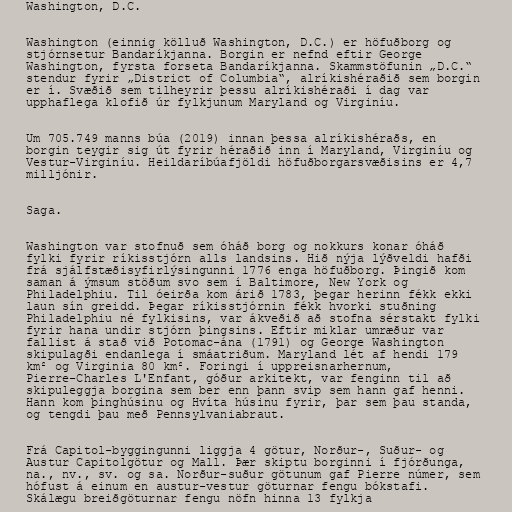
Washington, D.C.

Washington (einnig kölluð Washington, D.C.) er höfuðborg og
stjórnsetur Bandaríkjanna. Borgin er nefnd eftir George
Washington, fyrsta forseta Bandaríkjanna. Skammstöfunin „D.C.“
stendur fyrir „District of Columbia“, alríkishéraðið sem borgin
er í. Svæðið sem tilheyrir þessu alríkishéraði í dag var
upphaflega klofið úr fylkjunum Maryland og Virginíu.

Um 705.749 manns búa (2019) innan þessa alríkishéraðs, en
borgin teygir sig út fyrir héraðið inn í Maryland, Virginíu og
Vestur-Virginíu. Heildaríbúafjöldi höfuðborgarsvæðisins er 4,7
milljónir.

Saga.

Washington var stofnuð sem óháð borg og nokkurs konar óháð
fylki fyrir ríkisstjórn alls landsins. Hið nýja lýðveldi hafði
frá sjálfstæðisyfirlýsingunni 1776 enga höfuðborg. Þingið kom
saman á ýmsum stöðum svo sem í Baltimore, New York og
Philadelphiu. Til óeirða kom árið 1783, þegar herinn fékk ekki
laun sín greidd. Þegar ríkisstjórnin fékk hvorki stuðning
Philadelphiu né fylkisins, var ákveðið að stofna sérstakt fylki
fyrir hana undir stjórn þingsins. Eftir miklar umræður var
fallist á stað við Potomac-ána (1791) og George Washington
skipulagði endanlega í smáatriðum. Maryland lét af hendi 179
km² og Virginia 80 km². Foringi í uppreisnarhernum,
Pierre-Charles L'Enfant, góður arkitekt, var fenginn til að
skipuleggja borgina sem ber enn þann svip sem hann gaf henni.
Hann kom þinghúsinu og Hvíta húsinu fyrir, þar sem þau standa,
og tengdi þau með Pennsylvaniabraut.

Frá Capitol-byggingunni liggja 4 götur, Norður-, Suður- og
Austur Capitolgötur og Mall. Þær skiptu borginni í fjórðunga,
na., nv., sv. og sa. Norður-suður götunum gaf Pierre númer, sem
hófust á einum en austur-vestur göturnar fengu bókstafi.
Skálægu breiðgöturnar fengu nöfn hinna 13 fylkja